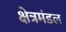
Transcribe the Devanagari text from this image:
क्षेत्रमंडल